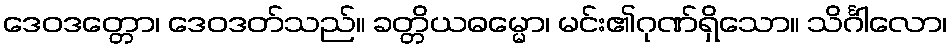
ဒေဝဒတ္တော၊ ဒေဝဒတ်သည်။ ခတ္တိယဓမ္မော၊ မင်း၏ဂုဏ်ရှိသော။ သိင်္ဂါလော၊